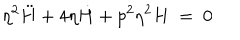
\eta ^ { 2 } \ddot { H } + 4 \eta \dot { H } + p ^ { 2 } \eta ^ { 2 } H ~ = ~ 0